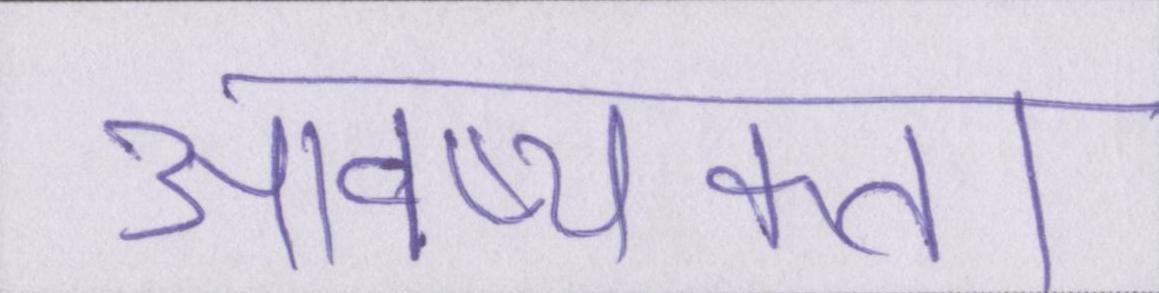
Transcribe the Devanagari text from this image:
आवष्यकता